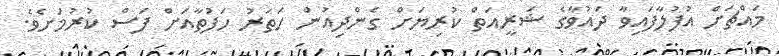
މައްޗަށް އުފުލާފައިވާ ދައުވާގެ ޝަރީއަތް ކުރިޔަށް ގެންދިއުން ހަތަރު ހަފުތާއަށް ފަސް ކުރުމަށެވެ.